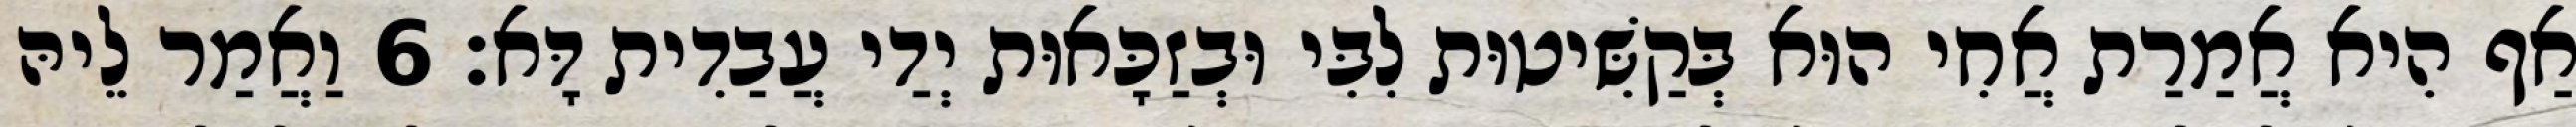
אַף הִיא אֲמַרַת אֲחִי הוּא בְּקַשִּׁיטוּת לִבִּי וּבְזַכָּאוּת יְדַי עֲבַדִית דָּא׃ 6 וַאֲמַר לֵיהּ